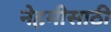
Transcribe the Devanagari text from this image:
नेहमीसाठी